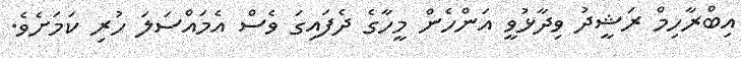
އިބްރާހިމް ރަޝީދު ވިދާޅުވީ އަންހެން މީހާގެ ދެފައިގަ ވެސް އެމައްސަލަ ހުރި ކަމަށެވެ.